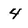
Character: 4